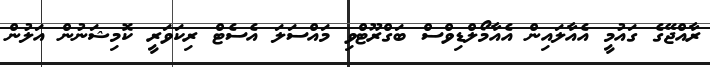
ރާއްޖޭގެ ގައުމީ އެއާލައިން އެއާމޯލްޑިވްސް ބަގްރޫޓްވި މައްސަލަ އެސެޓް ރިކަވަރީ ކޮމިޝަނުން އަލުން